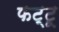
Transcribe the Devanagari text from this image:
फट्टू